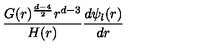
{ \frac { G ( r ) ^ { { \frac { d - 4 } { 2 } } } r ^ { d - 3 } } { H ( r ) } } { \frac { d \psi _ { \l } ( r ) } { d r } }